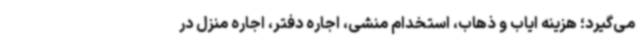
می‌گیرد؛ هزینه ایاب و ذهاب، استخدام منشی، اجاره دفتر، اجاره منزل در